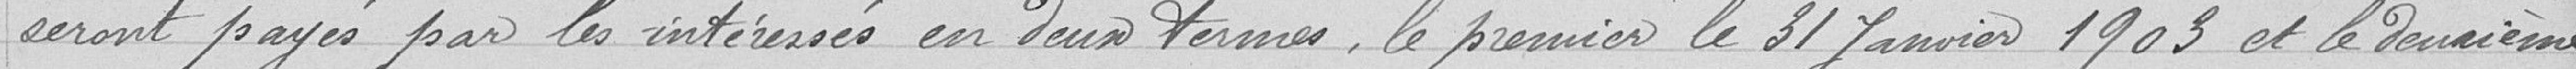
seront payés par les intéressés en deux termes, le premier le 31 janvier 1905 et le deuxième